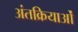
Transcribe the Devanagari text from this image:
अंतक्रियाओं